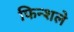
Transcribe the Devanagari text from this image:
फिन्शले